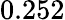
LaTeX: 0.252